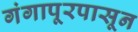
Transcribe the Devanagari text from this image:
गंगापूरपासून